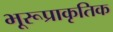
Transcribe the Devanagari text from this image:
भूरूप्राकृतिक